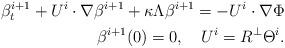
LaTeX: \begin{align*}\beta^{i+1}_t+U^i\cdot\nabla \beta^{i+1}+\kappa\Lambda\beta^{i+1} =-U^i\cdot\nabla\Phi\\\beta^{i+1}(0)=0, \ \ \ U^i=R^\perp\Theta^i.\end{align*}